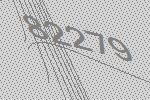
82279